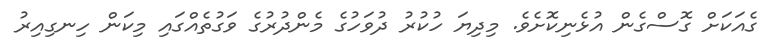
ގެއަކަށް ގޮސްގެން އުޅެނިކޮށެވެ. މިދިޔަ ހުކުރު ދުވަހުގެ މެންދުރުގެ ވަގުތެއްގައި މިކަން ހިނގިއިރު